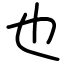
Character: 也